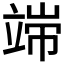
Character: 𱷩